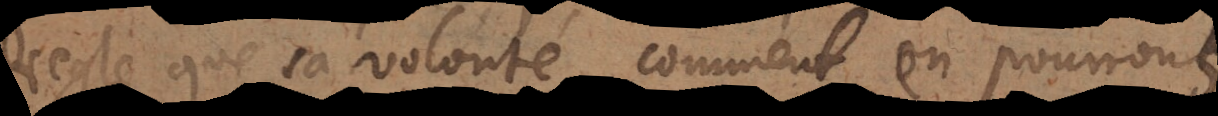
regle que sa volonté, comment en pourrons